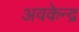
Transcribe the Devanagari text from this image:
अवकेन्द्र